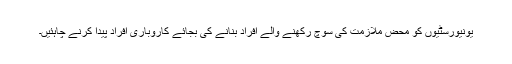
یونیورسٹیوں کو محض ملازمت کی سوچ رکھنے والے افراد بنانے کی بجائے کاروباری افراد پیدا کرنے چاہئیں۔